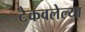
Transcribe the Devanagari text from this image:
टेकवलेल्या